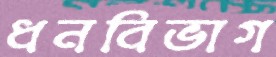
ধনবিভাগ